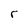
Character: r